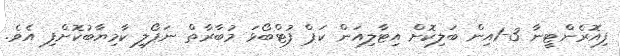
ފިއޮރެންޓީނާ 3-1އިން ބަލިކޮށް އިޓާލިއަން ކަޕް ފުޓްބޯޅަ މުބާރާތް ނަޕޯލީ ކާމިޔާބުކޮށްފި އެވެ.